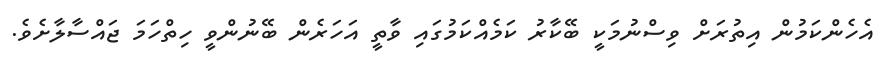
އެހެންކަމުން އިތުރަށް ވިސްނުމަކީ ބޭކާރު ކަމެއްކަމުގައި ވާތީ އަހަރެން ބޭނުންވީ ހިތްހަމަ ޖައްސާލާށެވެ.